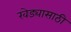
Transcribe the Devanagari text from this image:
खेड्यासाठी